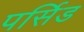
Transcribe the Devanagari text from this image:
पर्सिड